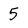
Character: 5